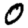
Digit: 0